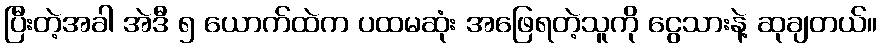
ပြီးတဲ့အခါ အဲဒီ ၅ ယောက်ထဲက ပထမဆုံး အဖြေရတဲ့သူကို ငွေသားနဲ့ ဆုချတယ်။